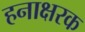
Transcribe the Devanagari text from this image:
हनाक्षरक